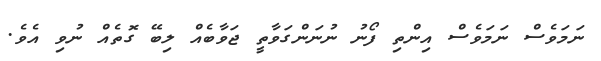
ނަމަވެސް ނަމަވެސް އިންތި ފޯނު ނުނަންގަވާތީ ޖަވާބެއް ލިބޭ ގޮތެއް ނުވި އެވެ.